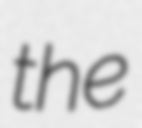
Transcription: the